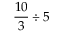
{ \frac { 1 0 } { 3 } } \div 5